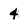
Character: 4